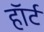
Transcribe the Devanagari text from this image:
हाॅर्ट